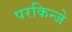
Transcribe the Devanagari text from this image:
परकिन्जे